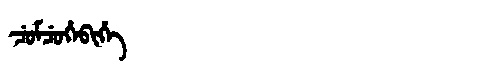
Manchu: ᠴᡠᠮᠴᡠᡥᡝᠪᡳᡥᡝ
Romanization: CUMCUHEBIHE